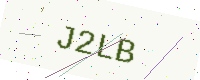
Text: J2LB